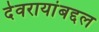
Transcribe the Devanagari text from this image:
देवरायांबद्दल